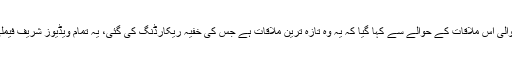
26 رمضان کو ہونے والی اس ملاقات کے حوالے سے کہا گیا کہ یہ وہ تازہ ترین ملاقات ہے جس کی خفیہ ریکارڈنگ کی گئی، یہ تمام ویڈیوز شریف فیملی کے پاس موجود ہیں۔